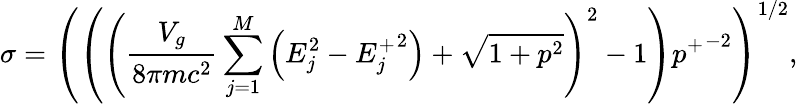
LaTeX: \sigma=\left(\left(\left(\frac{V_{g}}{8\pi mc^{2}}\sum_{j=1}^{M}\left(E_{j}^{2}-{E_{j}^{+}}^{2}\right)+\sqrt{1+p^{2}}\right)^{2}-1\right){p^{+}}^{-2}\right)^{1/2},